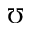
\mho